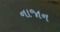
નાજાન